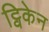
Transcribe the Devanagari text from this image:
ट्विकेन